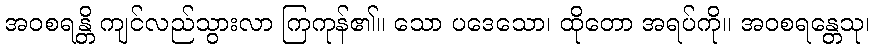
အဝစရန္တိ ကျင်လည်သွားလာ ကြကုန်၏။ သော ပဒေသော၊ ထိုတော အရပ်ကို။ အဝစရန္တေသု၊